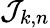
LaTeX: {\mathcal{J}}_{k,n}